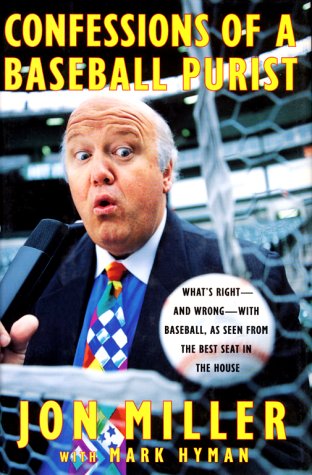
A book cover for Confessions of a Baseball Purist: Whats Right and Wrong with Baseball As Seen from the Best Seat in the House; Jon Miller; Sports & Outdoors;